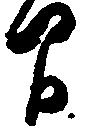
間